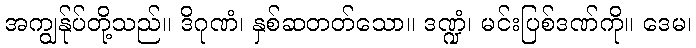
အကျွန်ုပ်တို့သည်။ ဒိဂုဏံ၊ နှစ်ဆတတ်သော။ ဒဏ္ဍံ၊ မင်းပြစ်ဒဏ်ကို။ ဒေမ၊